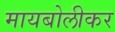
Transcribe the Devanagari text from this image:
मायबोलीकर